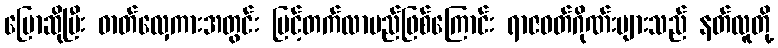
ပြောဆိုပြီး ဓာတ်လှေကားအတွင်း မြင့်တက်လာမည်ဖြစ်ကြောင်း ရာဇဝတ်ဂိုဏ်းများသည် နတ်လူတို့